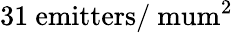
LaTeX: \mathrm{31~emitters/\ mum^{2}}